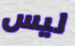
ليس